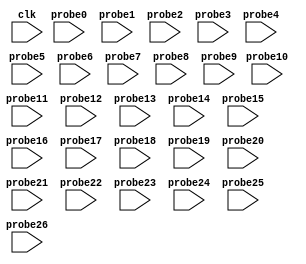
module dbg_ila (
clk,


probe0,
probe1,
probe2,
probe3,
probe4,
probe5,
probe6,
probe7,
probe8,
probe9,
probe10,
probe11,
probe12,
probe13,
probe14,
probe15,
probe16,
probe17,
probe18,
probe19,
probe20,
probe21,
probe22,
probe23,
probe24,
probe25,
probe26
);

input clk;


input [63 : 0] probe0;
input [63 : 0] probe1;
input [0 : 0] probe2;
input [0 : 0] probe3;
input [0 : 0] probe4;
input [0 : 0] probe5;
input [0 : 0] probe6;
input [63 : 0] probe7;
input [0 : 0] probe8;
input [0 : 0] probe9;
input [0 : 0] probe10;
input [0 : 0] probe11;
input [63 : 0] probe12;
input [0 : 0] probe13;
input [0 : 0] probe14;
input [0 : 0] probe15;
input [0 : 0] probe16;
input [0 : 0] probe17;
input [0 : 0] probe18;
input [8 : 0] probe19;
input [7 : 0] probe20;
input [2 : 0] probe21;
input [2 : 0] probe22;
input [0 : 0] probe23;
input [0 : 0] probe24;
input [7 : 0] probe25;
input [3 : 0] probe26;


endmodule